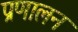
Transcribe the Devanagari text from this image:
प्रणालन